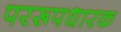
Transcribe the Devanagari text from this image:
पररूपधारक